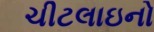
ચીટલાઇનો